Bréfritari: Sigurður Jónsson
Viðtakandi: Jón Borgfirðings Jónsson
Dagsetning: A-1858-06-30
Skrifað á: Möðrudal  N-Múl.

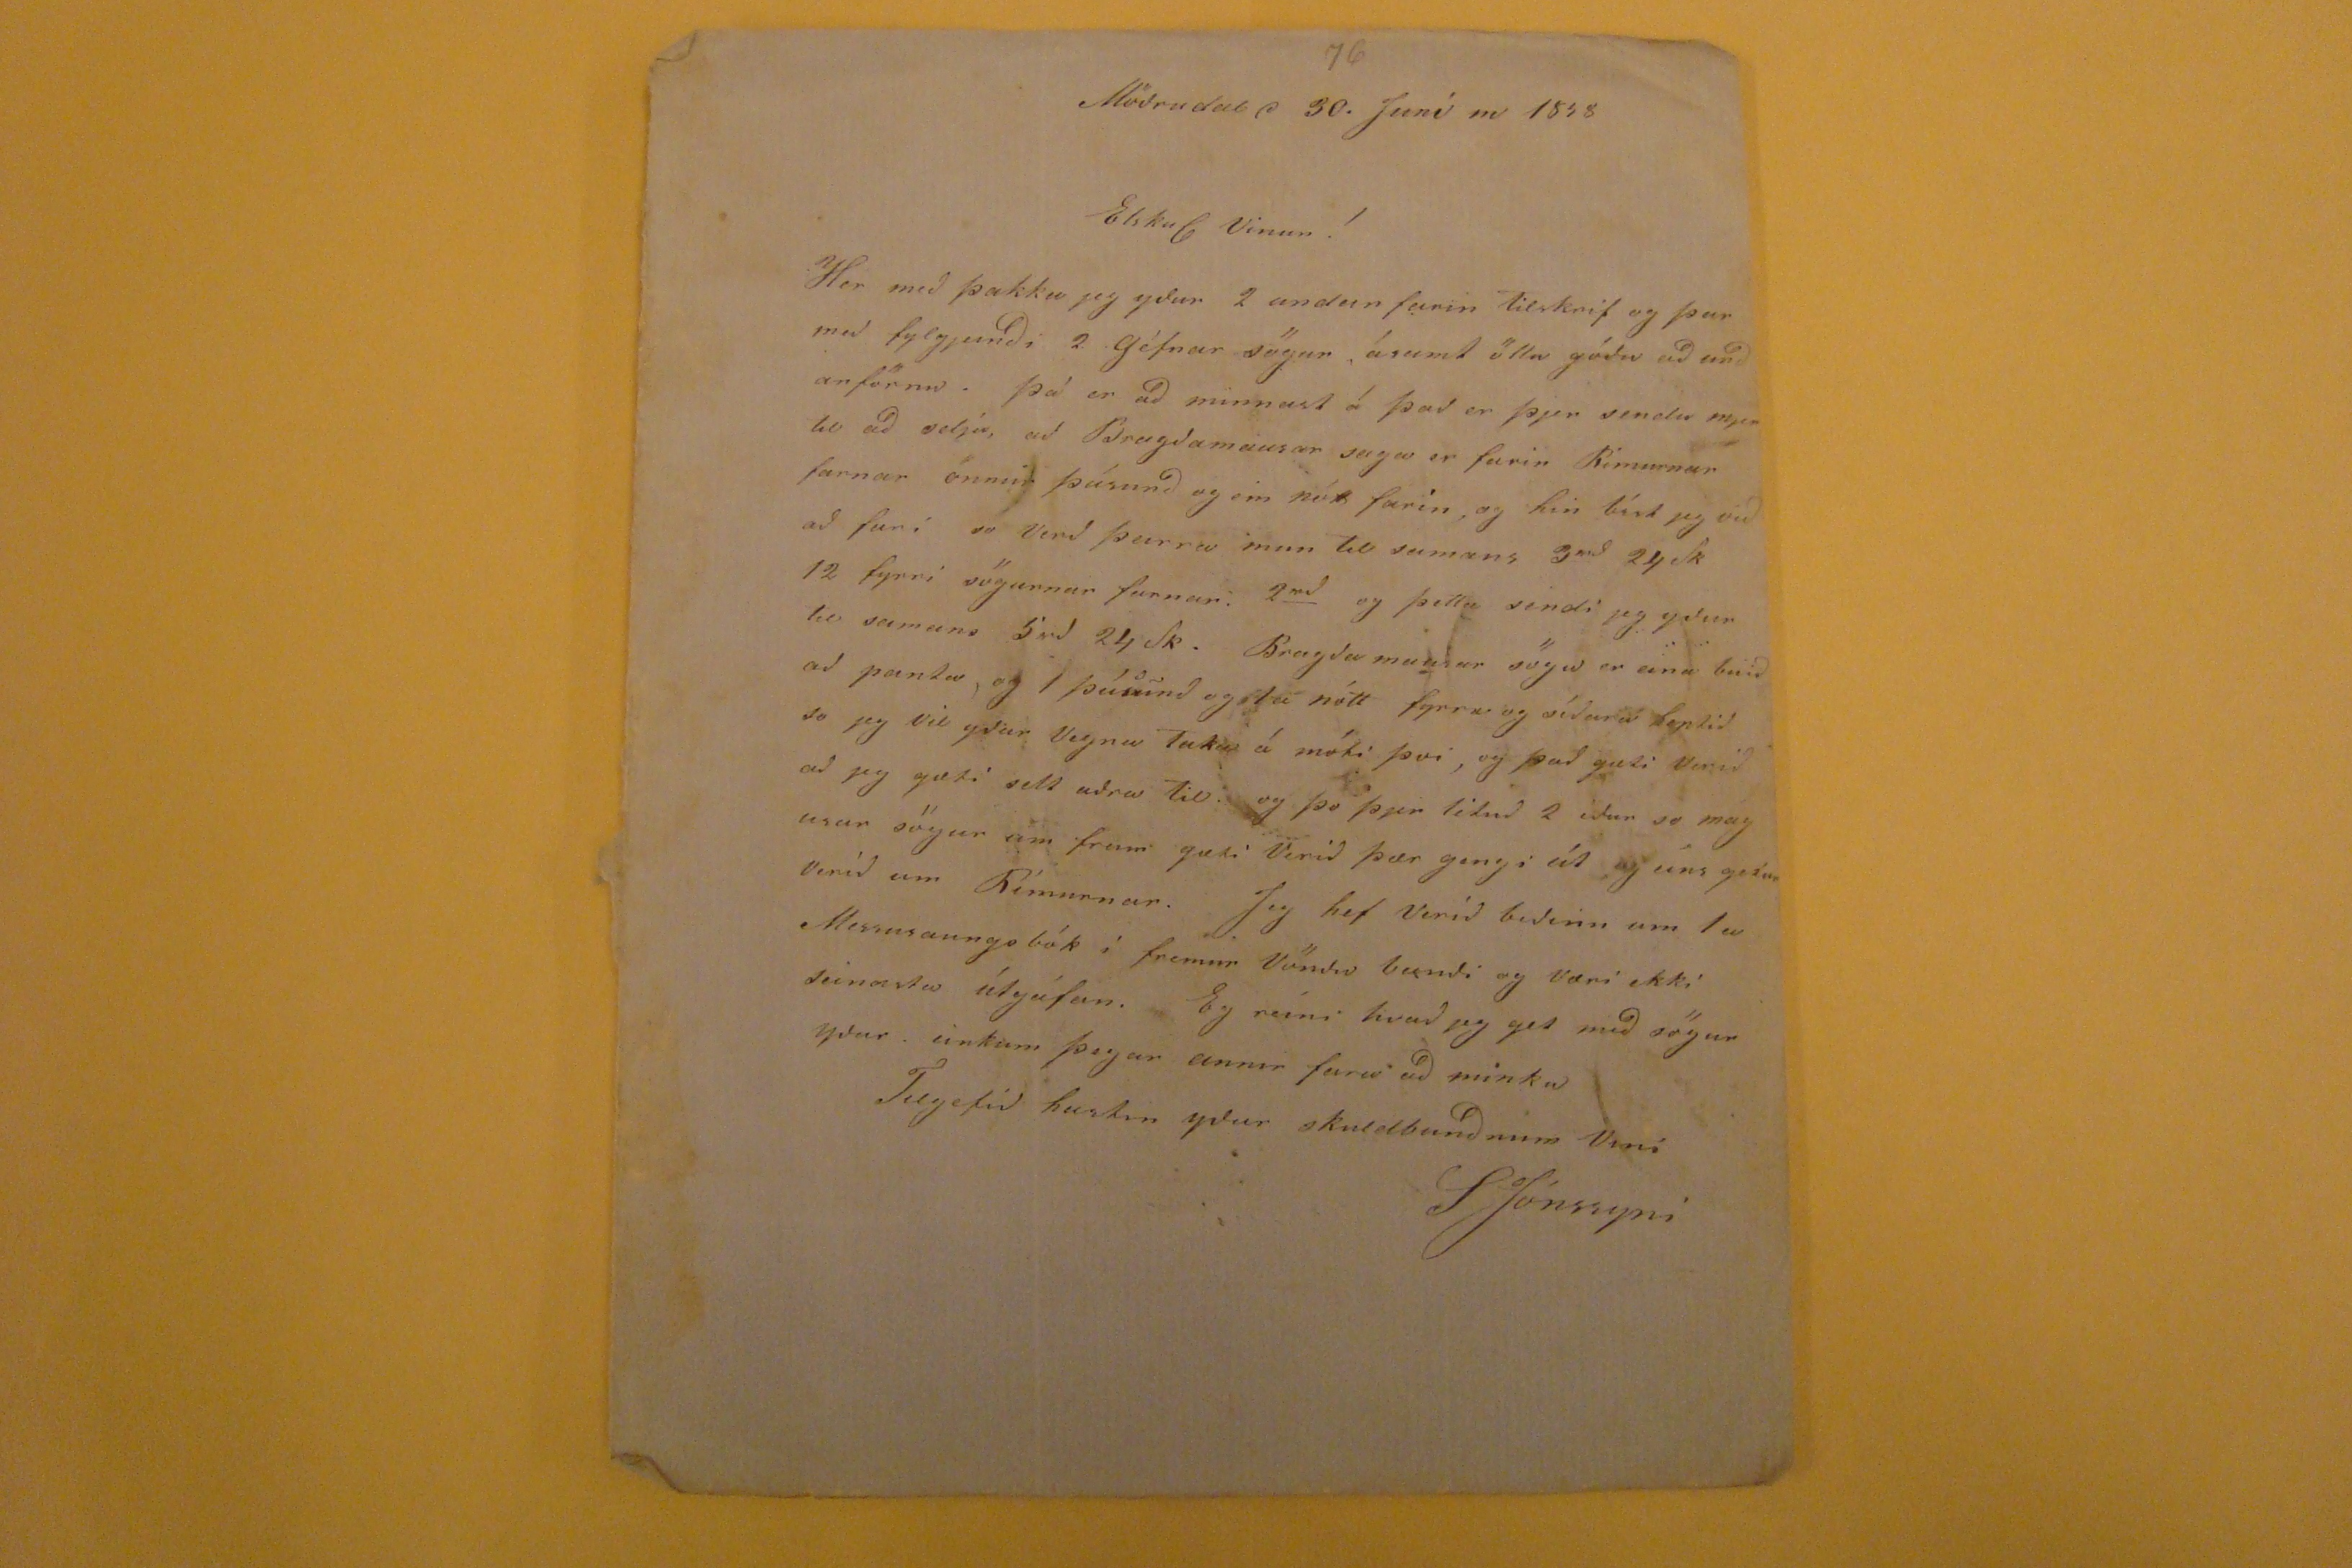

Möðrudal d 30. Juni m 1858
Elskul Vinur!
HEr með þakka jeg yður 2 undun farin tilskrif og þar með fylgjanði 2 géfnar sögur, ásamt öllu góðu að unðanförnu. þá er að minnast á það er þjer sendið mjer til að selja, að
Brugðamausar
saga er farin Rímurnar farnar önnur þúsunð og ein nótt farin, og hin bíst jeg við að fari so verð þeirra mun til samans 3
rd
24 sk 12 fyrri sögurnar farnar. 2
rd
og þetta sendi jeg yður til samans 5rð 24sk. Bragða mausar sögu er eina búið að panta, og 1 þúsund og 1a nótt fyrra og síðara heptið so jeg vil yðar Vegna taka á móti því, og það gæti verið að jeg gæti selt aðra til. og þo þjer lituð 2 iður so magusar sögur um fram gæti Verið þær gengi út og eins getur verið um Rímurnar. JEg hef veirð beðinn um 1a Messusaungsbók í fremur Vöndu
be?ndi
og væri ekki seinasta útgáfan. Eg reini hvað jeg get með sögur yðar. einkum þegar annir fara að minka Tilgefið hastin yðar skuldbunðnum vini
SJónssyni